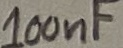
Text: 100nF